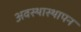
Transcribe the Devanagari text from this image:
अवस्थास्थापन